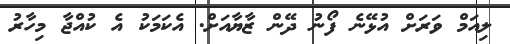
ލިއަމް ވަރަށް އުޅޭނެ ފޯނު ދޭން ޒާޔާއަށް. އެކަމަކު އެ ކުއްޖާ މިހާރު